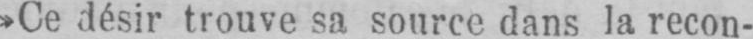
»Ce désir trouve sa source dans la recon-